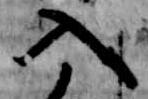
入